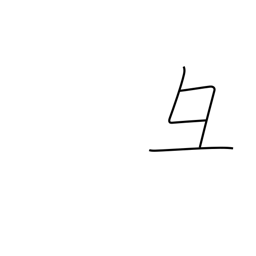
Meaning: pig's head radical variant (no. 58)